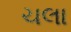
ચલા